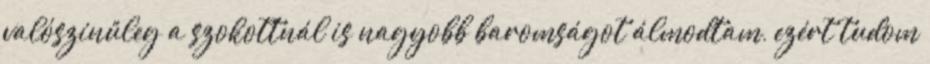
valószínűleg a szokottnál is nagyobb baromságot álmodtam, ezért tudom